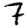
Digit: 7